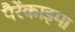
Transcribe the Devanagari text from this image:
पैरेंकाइमा